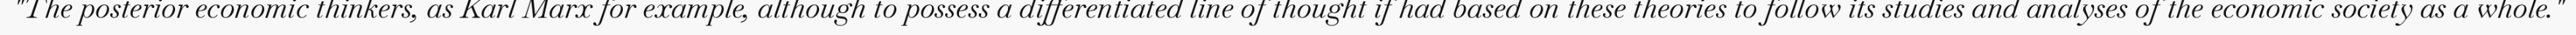
"The posterior economic thinkers, as Karl Marx for example, although to possess a differentiated line of thought if had based on these theories to follow its studies and analyses of the economic society as a whole."